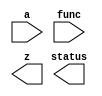
////////////////////////////////////////////////////////////////////////////////
//
//       This confidential and proprietary software may be used only
//     as authorized by a licensing agreement from Synopsys Inc.
//     In the event of publication, the following notice is applicable:
//
//                    (C) COPYRIGHT 2009 - 2023 SYNOPSYS INC.
//                           ALL RIGHTS RESERVED
//
//       The entire notice above must be reproduced on all authorized
//     copies.
//
//
// VERSION:   Simulation Model for DW_lp_multifunc
//
// DesignWare_version: cfc63cf9
// DesignWare_release: U-2022.12-DWBB_202212.5
//
////////////////////////////////////////////////////////////////////////////////

////////////////////////////////////////////////////////////////////////////////
//-----------------------------------------------------------------------------
//
// ABSTRACT: Fixed-point Multi-function Unit
//
//              DW_lp_multifunc calculates transcendental functions 
//              with polynomial approximation method. Functions that are 
//              implemented include reciprocal, square root, inverse 
//              square root, trigonometric functions, logarithm and 
//              exponential function. All can be implemented in one unit,
//              but user can choose some of them or just one function for
//              the implementation. The results keeps 1 ulp or 2 ulp error
//              range by the user's choice. 
//
//              parameters      valid values (defined in the DW manual)
//              ==========      ============
//              op_width        operand width,  3 to 24 bits
//              func_select     Select functions to be implemented
//                              16-bit binary parameter
//                              func_select[0]: reciprocal, 1/x
//                              func_select[1]: square root, sqrt(x)
//                              func_select[2]: inv. square root, 1/sqrt(x)
//                              func_select[3]: sine function, sin(pi*x)
//                              func_select[4]: cosine function, cos(pi*x)
//                              func_select[5]: base-2 log function, log2(x)
//                              func_select[6]: base-2 power function, 2^x
//                              func_select[7:15]: reserved
//
//              Input ports     Size & Description
//              ===========     ==================
//              A               (op_width + 1) bits
//                              Fixed-point Number Input
//              FUNC            16-bit Function selection port
//                              Output function is determined by FUNC
//
//              Output ports    Size & Description
//              ===========     ==================
//              Z               (op_width + 2) bits
//                              Fixed-point number output
//              status          1 bit
//
//-----------------------------------------------------------------------------
//  MODIFIED:
//
//      RJK  12/14/2021    Eliminated excesive pragmas in order
//                         to enable vlogan analysis of simulation
//                         models (STAR 3988003)
//
//-----------------------------------------------------------------------------
////////////////////////////////////////////////////////////////////////////////
`ifdef VCS
`include "vcs/DW_lp_multifunc.v"
`else

module DW_lp_multifunc (
                   a,
                   func,
                   z,
                   status);


  parameter integer op_width = 24;        // RANGE 3 to 24
  parameter integer func_select = 127;    // RANGE 1 to 127

  localparam opt1 = 1;             // RANGE 0 to 1


  input [op_width:0] a;
  input [15:0] func;
  output [op_width + 1:0] z;
  output status;

// synopsys translate_off

  initial begin : PROC_invald_simulator_msg
    
    $display( "" );
    $display( "ERROR: %m:" );
    $display( "  ******************************************************" );
    $display( "  *                                                    *" );
    $display( "  *  The DesignWare minPower Library Component,        *" );
    $display( "  *  DW_lp_multifunc, is only supported for Synopsys   *" );
    $display( "  *  VCS and VCS-MX simulators.                        *" );
    $display( "  *                                                    *" );
    $display( "  *  support@synopsys.com                              *" );
    $display( "  *                                                    *" );
    $display( "  ******************************************************" );
    $display( "  ");
    $finish;


  end

// synopsys translate_on
endmodule
`endif